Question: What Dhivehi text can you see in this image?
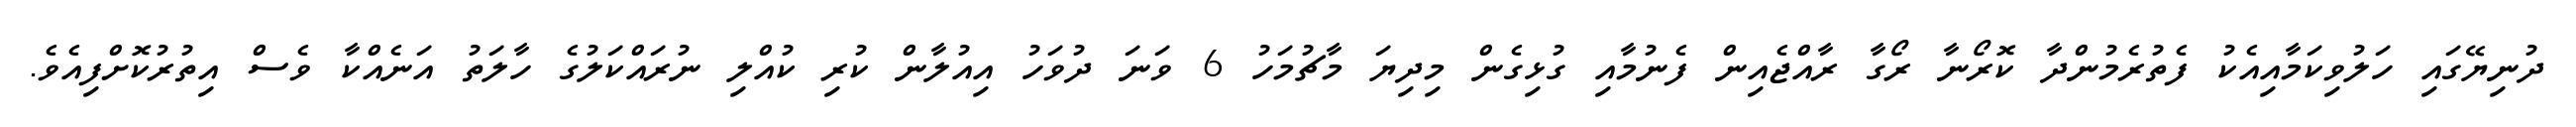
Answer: ދުނިޔޭގައި ހަލުވިކަމާއިއެކު ފެތުރެމުންދާ ކޮރޯނާ ރޯގާ ރާއްޖެއިން ފެނުމާއި ގުޅިގެން މިދިޔަ މާޗުމަހު 6 ވަނަ ދުވަހު އިއުލާން ކުރި ކުއްލި ނުރައްކަލުގެ ހާލަތު އަނެއްކާ ވެސް އިތުރުކޮށްފިއެވެ.